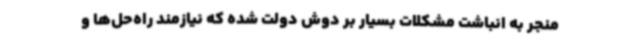
منجر به انباشت مشکلات بسیار بر دوش دولت شده که نیازمند راه‌حل‌ها و